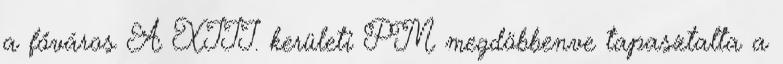
a főváros A XIII. kerületi PM megdöbbenve tapasztalta a